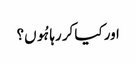
اور کیا کر رہا ہُوں؟